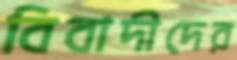
বিবাদীদের